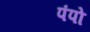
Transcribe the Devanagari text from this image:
पंपो